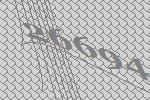
26694